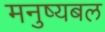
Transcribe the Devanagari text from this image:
मनुष्यबल